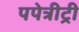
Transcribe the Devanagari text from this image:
पपेत्रीट्री